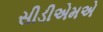
સીડીએમએ